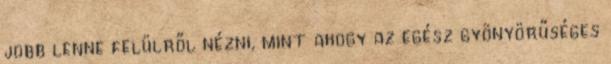
jobb lenne felülről nézni, mint ahogy az egész gyönyörűséges